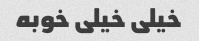
خیلی خیلی خوبه